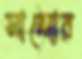
সান্দোর